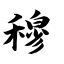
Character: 穆